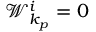
\mathcal { W } _ { k _ { p } } ^ { i } = 0